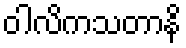
ဝါလိကသတာနိ